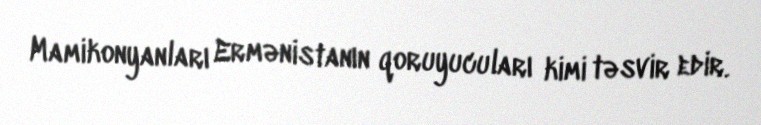
Mamikonyanları Ermənistanın qoruyucuları kimi təsvir edir.